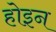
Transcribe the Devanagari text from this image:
होइन